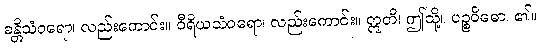
ခန္တိသံဝရော၊ လည်းကောင်း။ ဝီရိယသံဝရော၊ လည်းကောင်း။ ဣတိ၊ ဤသို့။ ပဉ္စဝိဓော၊ ၏။